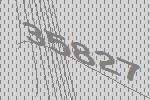
35827